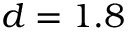
d = 1 . 8